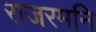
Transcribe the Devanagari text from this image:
राजरमनि